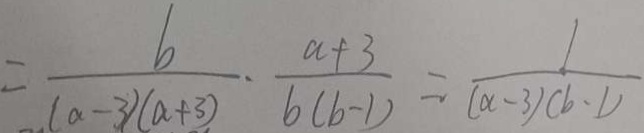
= \frac { b } { ( a - 3 ) ( a + 3 ) } = \frac { a + 3 } { b ( b - 1 ) } = \frac { 1 } { ( \alpha - 3 ) ( b - 1 ) }